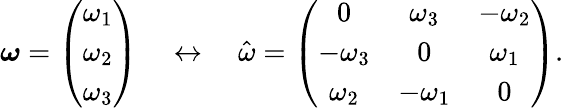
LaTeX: \begin{array}{r}{\boldsymbol\omega=\left(\begin{array}{c}{\omega_{1}}\\ {\omega_{2}}\\ {\omega_{3}}\end{array}\right)\quad\leftrightarrow\quad\hat{\omega}=\left(\begin{array}{ccc}{0}&{\omega_{3}}&{-\omega_{2}}\\ {-\omega_{3}}&{0}&{\omega_{1}}\\ {\omega_{2}}&{-\omega_{1}}&{0}\end{array}\right).}\end{array}